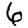
Digit: 6